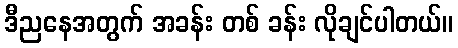
ဒီညနေအတွက် အခန်း တစ် ခန်း လိုချင်ပါတယ်။